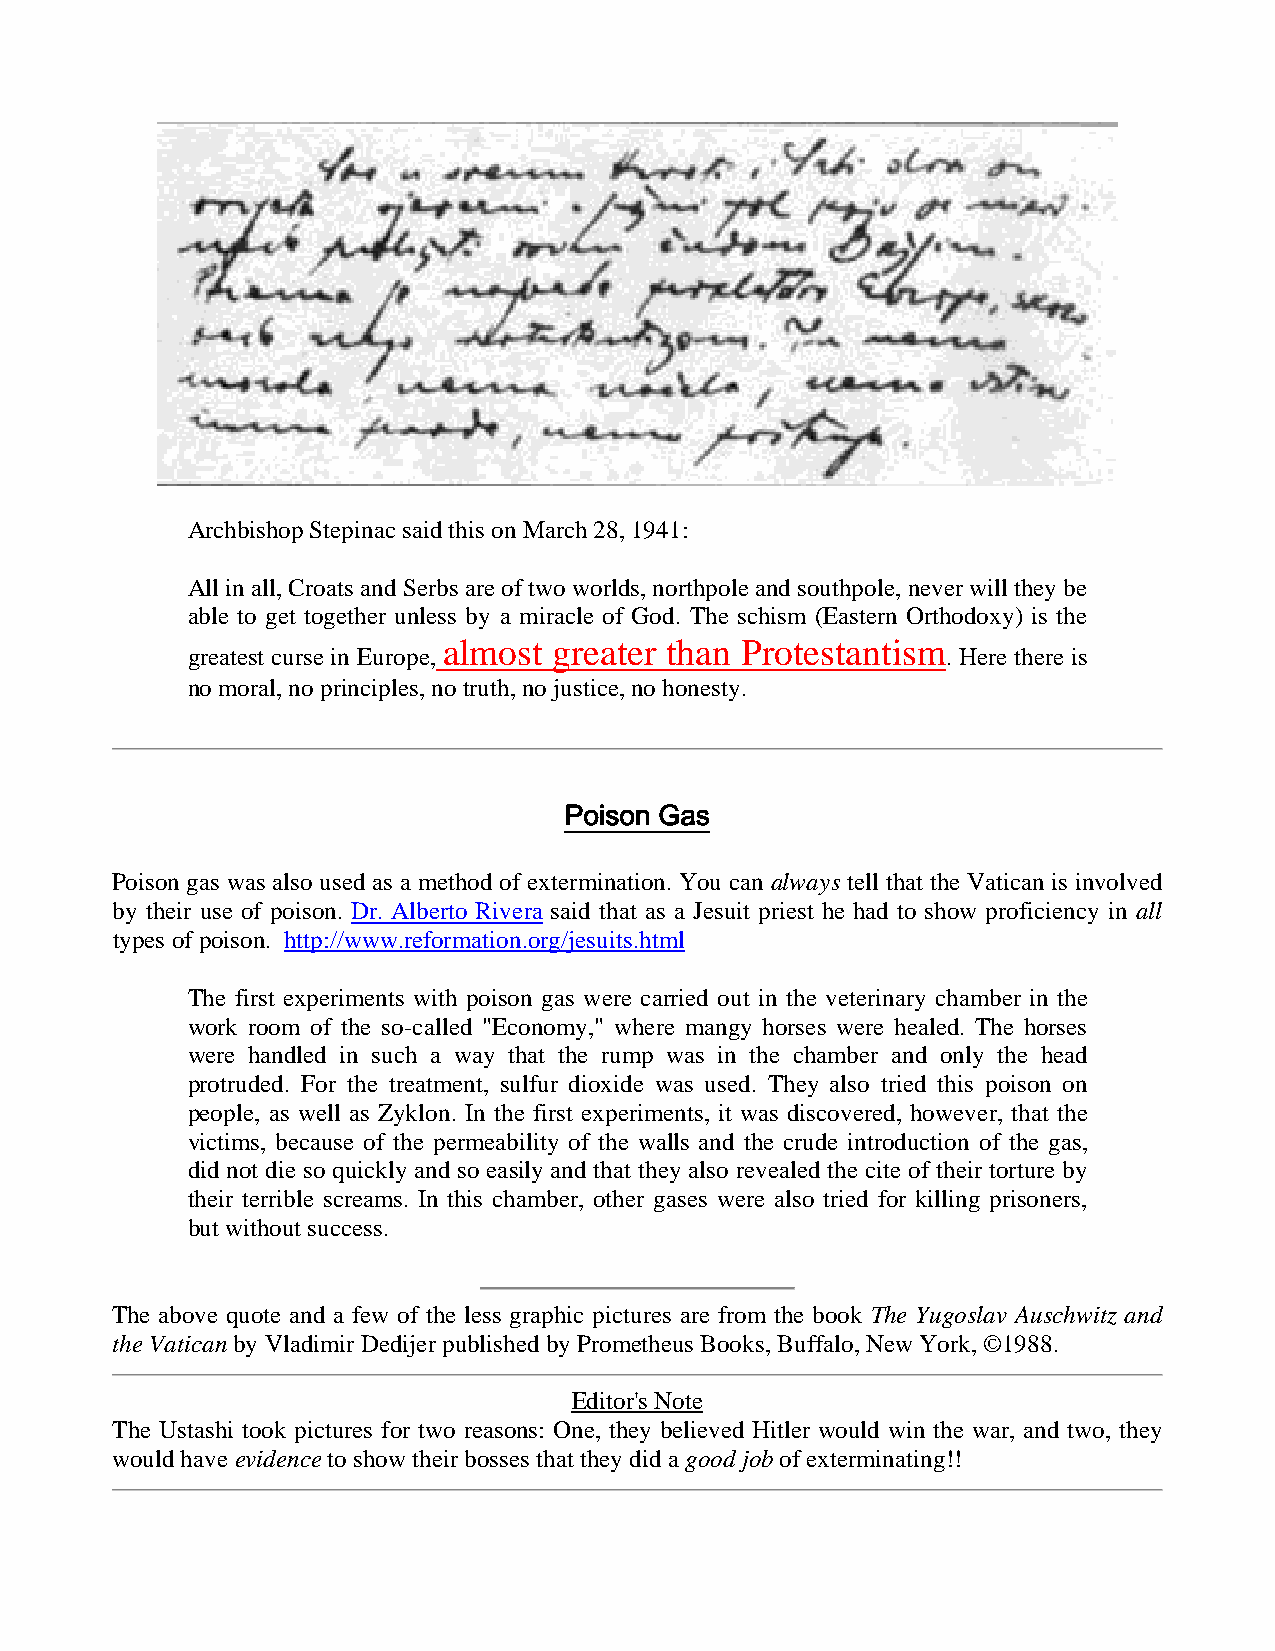
Archbishop Stepinac said this on March 28, 1941:
 All in all, Croats and Serbs are of two worlds, northpole and southpole, never will they be
 able to get together unless by a miracle of God. The schism (Eastern Orthodoxy) is the
 almost  greater than Protestantism
 greatest curse in Europe,                          . Here there is
 no moral, no principles, no truth, no justice, no honesty.
 Poison Gas
 Poison gas was also used as a method of extermination. You can always tell that the Vatican is involved
 by their use of poison. Dr. Alberto Rivera said that as a Jesuit priest he had to show proficiency in all
 types of poison. http://www.reformation.org/jesuits.html
 The first experiments with poison gas were carried out in the veterinary chamber in the
 work room of the so-called "Economy," where mangy horses were healed. The horses
 were handled in such a way that the rump was in the chamber and only the head
 protruded. For the treatment, sulfur dioxide was used. They also tried this poison on
 people, as well as Zyklon. In the first experiments, it was discovered, however, that the
 victims, because of the permeability of the walls and the crude introduction of the gas,
 did not die so quickly and so easily and that they also revealed the cite of their torture by
 their terrible screams. In this chamber, other gases were also tried for killing prisoners,
 but without success.
 The above quote and a few of the less graphic pictures are from the book The Yugoslav Auschwitz and
 the Vatican by Vladimir Dedijer published by Prometheus Books, Buffalo, New York, ©1988.
 Editor's Note
 The Ustashi took pictures for two reasons: One, they believed Hitler would win the war, and two, they
 would have evidence to show their bosses that they did a good job of exterminating!!